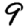
Digit: 9